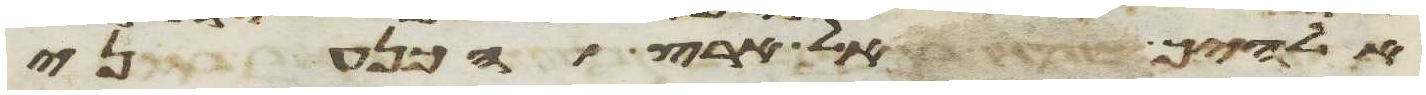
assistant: אלהיך אל ארץ הכנעני